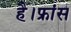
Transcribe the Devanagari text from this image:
है।फ्रांस